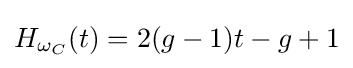
H_{\omega _{C}}(t)=2(g-1)t-g+1